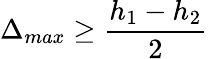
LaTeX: \Delta_{max}\geq\frac{h_{1}-h_{2}}{2}